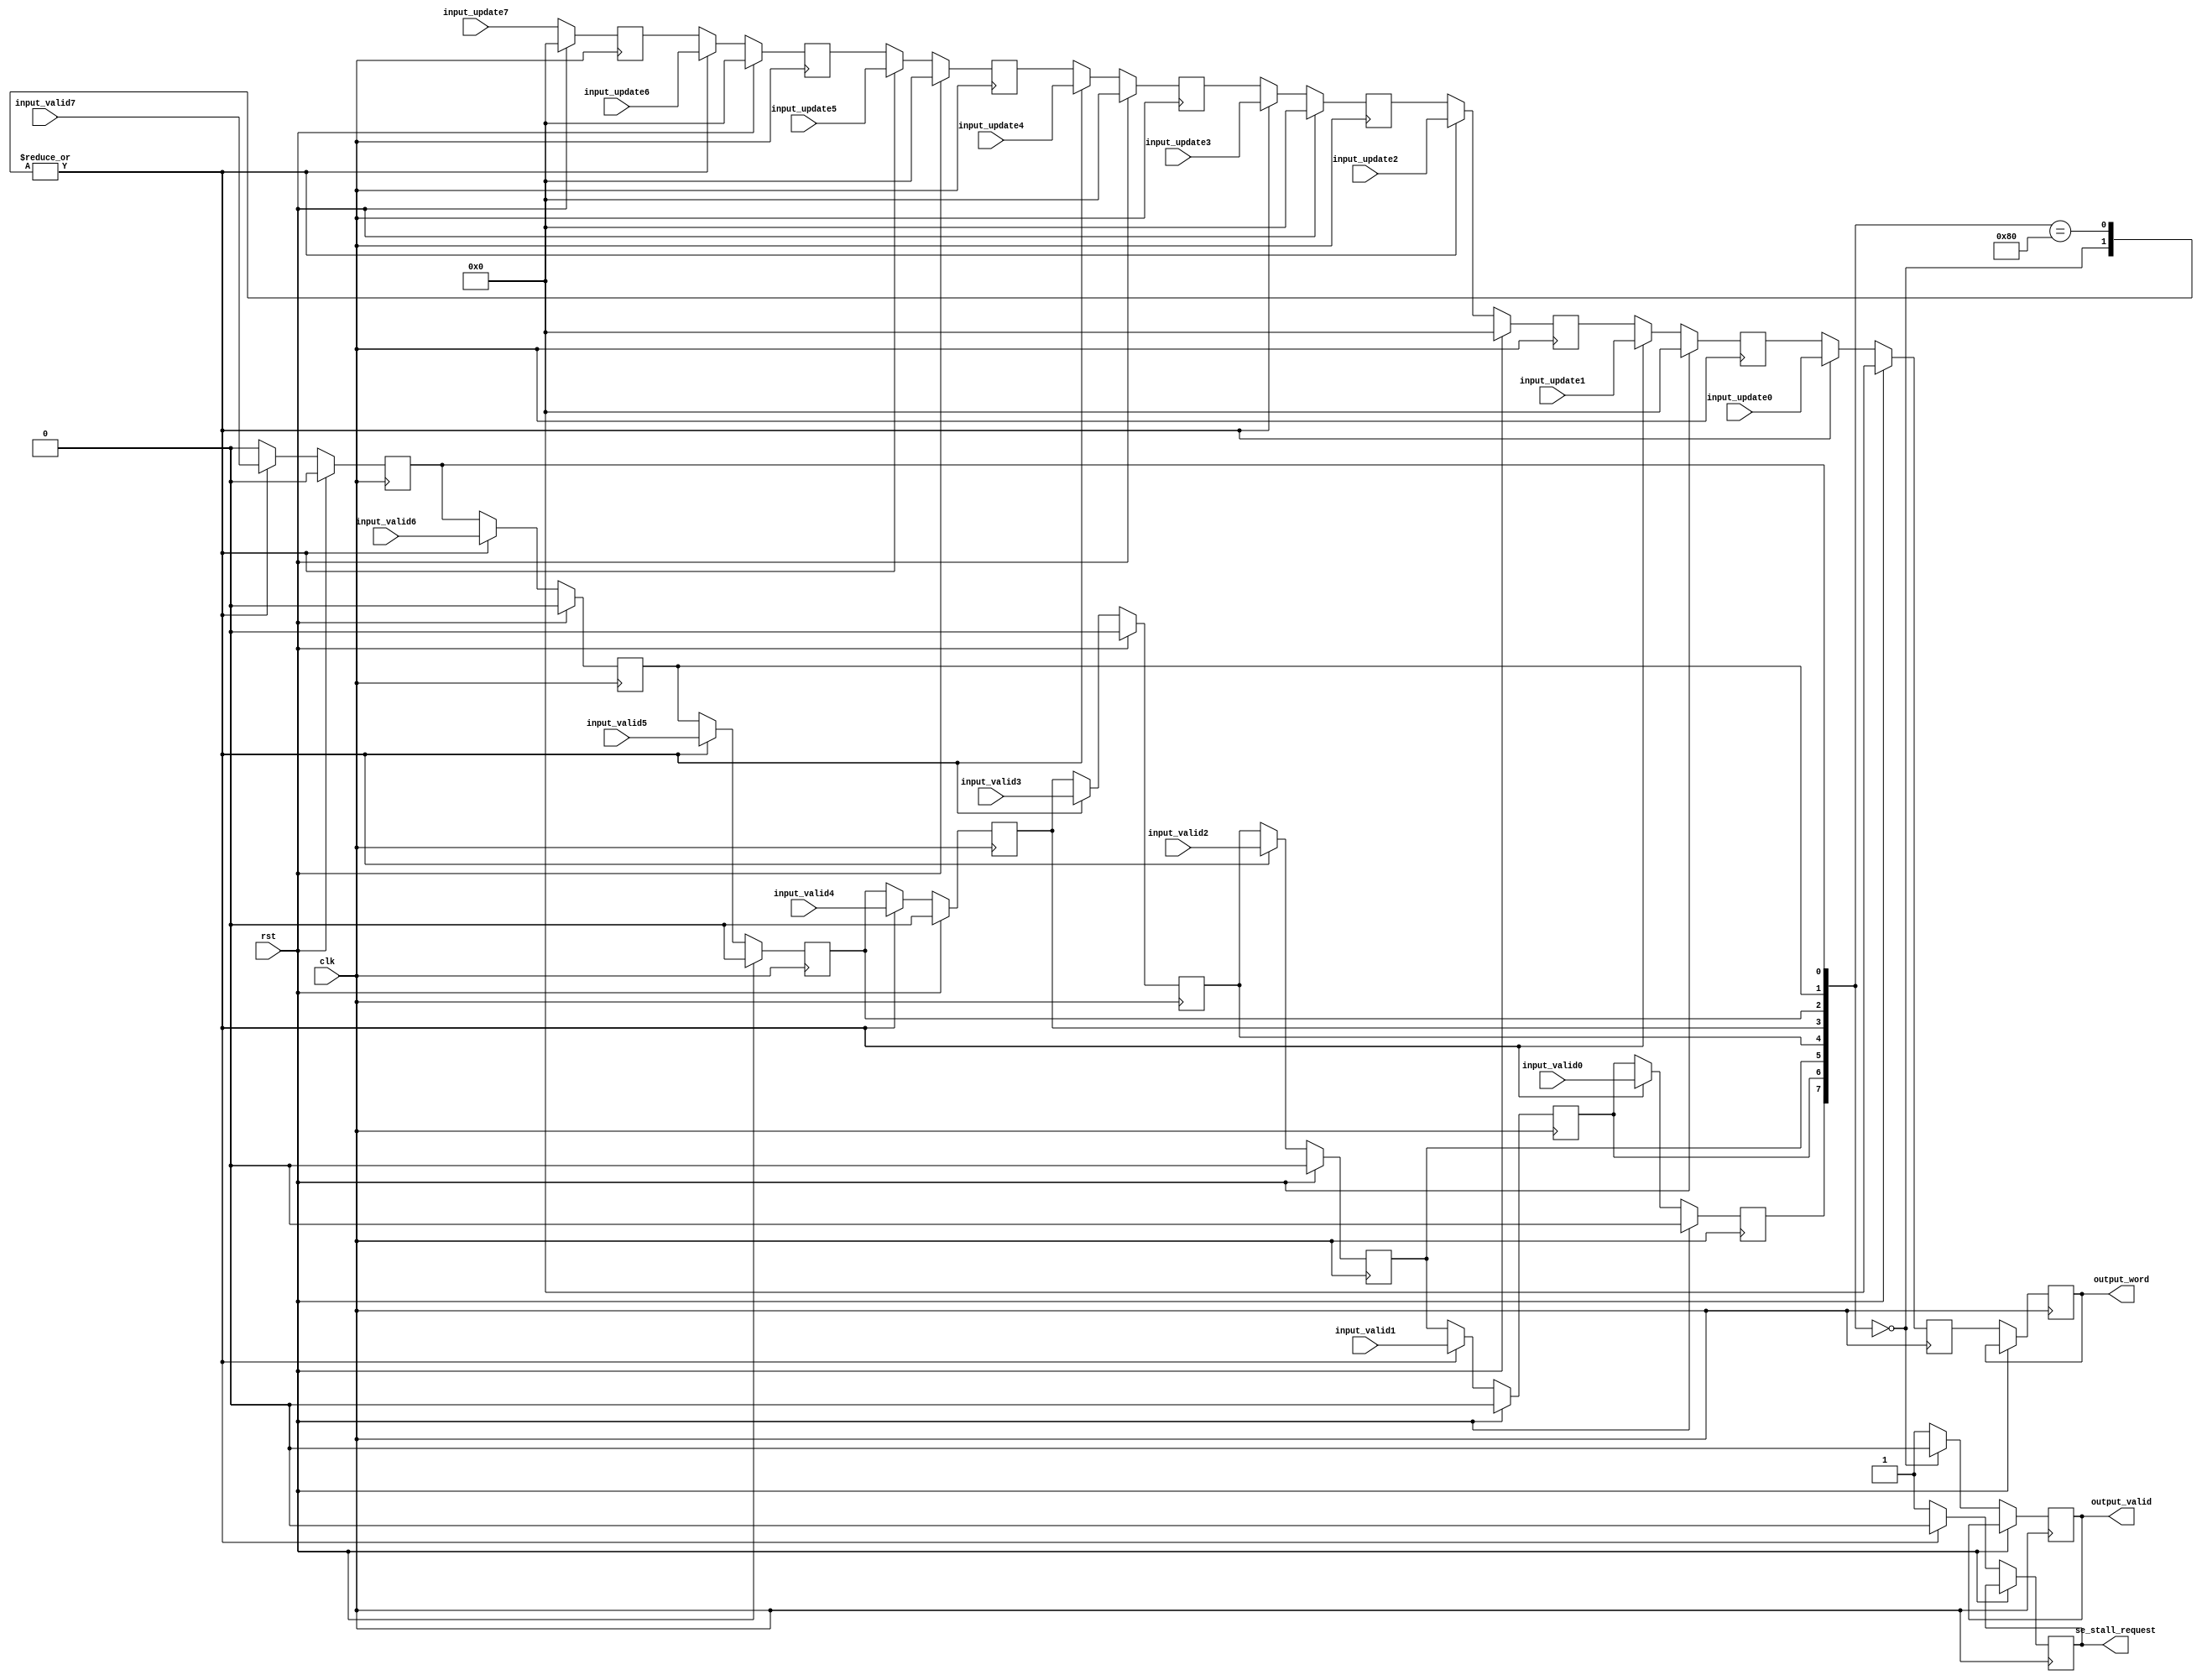
module seout (
	input wire clk,
	input wire rst,
	input wire [63:0]	input_update0,
	input wire [63:0]	input_update1,
	input wire [63:0]	input_update2,
	input wire [63:0]	input_update3,
	input wire [63:0]	input_update4,
	input wire [63:0]	input_update5,
	input wire [63:0]	input_update6,
	input wire [63:0]	input_update7,	
	input wire input_valid0,
	input wire input_valid1,
	input wire input_valid2,
	input wire input_valid3,
	input wire input_valid4,
	input wire input_valid5,
	input wire input_valid6,
	input wire input_valid7,
	output reg	[63:0]	output_word,
	output reg	output_valid,
	output reg 	se_stall_request
);

	reg [63:0] 	update_buff 		[7:0];
	reg [0:0] 	update_valid_buff 	[7:0];
	
	always @(posedge clk) begin
        if (rst) begin
			update_buff[0] <= 0;
			update_buff[1] <= 0;
			update_buff[2] <= 0;
			update_buff[3] <= 0;
			update_buff[4] <= 0;
			update_buff[5] <= 0;
			update_buff[6] <= 0;
			update_buff[7] <= 0;
			update_valid_buff[0] <= 0;
			update_valid_buff[1] <= 0;
			update_valid_buff[2] <= 0;
			update_valid_buff[3] <= 0;
			update_valid_buff[4] <= 0;
			update_valid_buff[5] <= 0;
			update_valid_buff[6] <= 0;
			update_valid_buff[7] <= 0;
        end	else begin			
			update_buff[0] <= input_update0;
			update_buff[1] <= input_update1;
			update_buff[2] <= input_update2;
			update_buff[3] <= input_update3;
			update_buff[4] <= input_update4;
			update_buff[5] <= input_update5;
			update_buff[6] <= input_update6;
			update_buff[7] <= input_update7;
			update_valid_buff[0] <= input_valid0;
			update_valid_buff[1] <= input_valid1;
			update_valid_buff[2] <= input_valid2;
			update_valid_buff[3] <= input_valid3;
			update_valid_buff[4] <= input_valid4;
			update_valid_buff[5] <= input_valid5;
			update_valid_buff[6] <= input_valid6;
			update_valid_buff[7] <= input_valid7;			
			output_word <= update_buff[0];
            case({update_valid_buff[0], update_valid_buff[1], update_valid_buff[2], update_valid_buff[3], update_valid_buff[4], update_valid_buff[5], update_valid_buff[6], update_valid_buff[7]}) 
				8'b00000000: begin					
					output_valid <= 0;					
					se_stall_request <= 0;
				end
				8'b10000000: begin					
					output_valid <= 1;
					se_stall_request <= 0;
				end
				default:begin					
					output_valid <= 1;
					update_buff[0] <= update_buff[1];
					update_valid_buff[0] <= update_valid_buff[1];
					update_buff[1] <= update_buff[2];
					update_valid_buff[1] <= update_valid_buff[2];
					update_buff[2] <= update_buff[3];
					update_valid_buff[2] <= update_valid_buff[3];
					update_buff[3] <= update_buff[4];
					update_valid_buff[3] <= update_valid_buff[4];
					update_buff[4] <= update_buff[5];
					update_valid_buff[4] <= update_valid_buff[5];
					update_buff[5] <= update_buff[6];
					update_valid_buff[5] <= update_valid_buff[6];
					update_buff[6] <= update_buff[7];
					update_valid_buff[6] <= update_valid_buff[7];
					update_valid_buff[7] <= 0;
					se_stall_request <= 1;
				end
			endcase
        end
    end	
endmodule